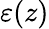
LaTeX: \varepsilon(z)